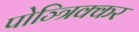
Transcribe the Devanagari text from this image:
पोञ्त्रिक्कर